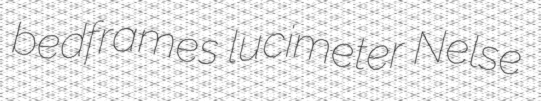
bedframes lucimeter Nelse